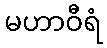
မဟာဝီရံ